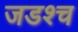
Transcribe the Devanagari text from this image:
जडश्च